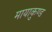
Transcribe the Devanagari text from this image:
मायाकुण्ड